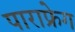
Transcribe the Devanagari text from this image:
पाराफ्रेग